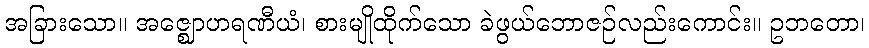
အခြားသော။ အဇ္ဈောဟရဏီယံ၊ စားမျိုထိုက်သော ခဲဖွယ်ဘောဇဉ်လည်းကောင်း။ ဥဘတော၊